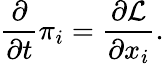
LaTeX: {\frac{\partial}{\partial t}}\pi_{i}={\frac{\partial{\mathcal{L}}}{\partial x_{i}}}.